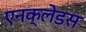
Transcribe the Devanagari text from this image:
एनक्लेडस